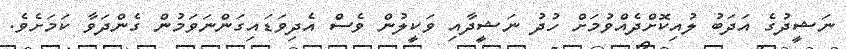
ނަޝީދުގެ އަދަބު ލުއިކޮށްދެއްވުމަށް ހުދު ނަޝީދާއި ވަކީލުން ވެސް އެދިވަޑައިގަންނަވަމުން ގެންދަވާ ކަމަށެވެ.